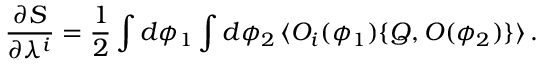
\frac { \partial { \cal S } } { \partial \lambda ^ { i } } = \frac { 1 } { 2 } \int d \phi _ { 1 } \int d \phi _ { 2 } \, \langle { \cal O } _ { i } ( \phi _ { 1 } ) \{ Q , { \cal O } ( \phi _ { 2 } ) \} \rangle \, .